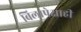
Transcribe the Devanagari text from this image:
बिलापेक्षाही